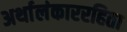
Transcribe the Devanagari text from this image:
अर्थालंकाररहिता